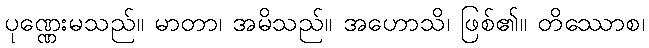
ပုဏ္ဏေးမသည်။ မာတာ၊ အမိသည်။ အဟောသိ၊ ဖြစ်၏။ တိဿောစ၊